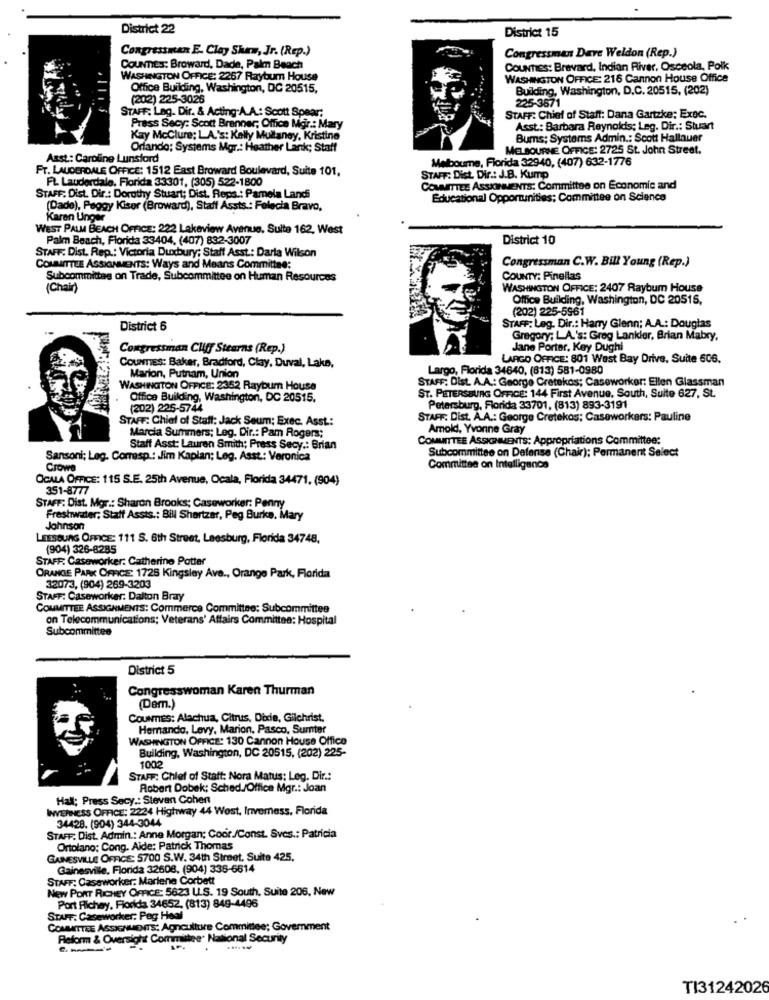
District 22
District 15
Congressman E. Clay Show, Jr. (Rep.)
Congressman Dave Weldon (Rep.)
COUNTIES: Broward, Dade, Palm Beach
COUNTIES: Brevard, Indian River, Osceola, Polk
WASHINGTON OFFICE: 2267 Raybum House
WASHINGTON OFFICE: 216 Cannon House Office
Office Building, Washington, DC 20515,
Building, Washington, D.C. 20515, (202)
(20:2) 225-3026
STAFF: Lag. Dir. & Acting-A.A .: Scott Spear;
225-3671
STAFF: Chief of Staff: Dana Gartzke: Exec.
Press Secy: Scott Branner; Office Mor .: Mary
Asst .: Barbara Reynolds; Leg. Dir .: Stuart
Kay Mcclure; LA.'s: Kelly Mullaney, Kristine
Bums; Systems Admin .: Scott Hallauer
Orlando: Systems Mgr .: Heather Lank; Staff
MELBOURNE OFFICE: 2725 St. John Street,
Asst .: Caroline Lunsford
Melbourne, Florida 32940, (407) 632-1776
FT. LAUDERDALE OFFICE: 1512 East Broward Boulevard, Suite 101,
FL. Lauderdale, Florida 33301, (305) 522-1800
STAFF: Dist. Dir .: J.B. Kump
COMMITTEE ASSIGNMENTS: Committee on Economic and
STAFF: Dist. Dir .: Dorothy Stuart; Dist. Reps .: Pamela Land
Educational Opportunities; Committee on Science
(Dade), Peggy Kiser (Broward), Staff Assts .: Felecia Bravo,
Karan Unger
WEST PALM BEACH OFFICE: 222 Lakeview Avenue, Suite 162, West
Palm Beach, Florida 33404. (407) 832-3007
District 10
STAFF: Dist. Rep .: Victoria Duxbury; Staff Asst .: Darla Wilson
Congressman C.W. Bill Young (Rep.)
COMMITTEE ASSIGNMENTS: Ways and Means Committee:
Subcommittee on Trade, Subcommittee on Human Resources
COUNTY: Pinellas
(Chair)
WASHINGTON OFFICE: 2407 Raybum House
Office Building, Washington, DC 20515,
(202) 225-5961
District 6
STAFF: Leg. Dir .: Harry Glenn; A.A .: Douglas
Gregory; LA.'s: Greg Lankler, Brian Mabry,
Congressman Cliff Stearns (Rep.)
Jane Portar, Key Dughi
COUNTIES: Baker, Bradford, Clay, Duval, Lake,
LARGO OFFICE: 801 West Bay Drive, Suite 606.
Largo, Florida 34640, (813) 581-0980
Marion, Putnam, Union
STAFF: Dist. A.A .: George Cretekos; Caseworker: Ellen Glassman
WASHINGTON OFFICE: 2352 Raybum House
Office Building, Washington, DC 20515.
ST. PETERSBURG OFFICE: 144 First Avenue. South, Suite 627, St
(202) 225-5744
Petersburg, Florida 33701, (813) 893-3191
STAFF: Chief of Staff: Jack Seum; Exec. Asst .:
STAFF: Dist. A.A .: George Cretekos; Caseworkers: Pauline
Marcia Summers; Leg. Dir .: Pam Rogers;
Amold, Yvonne Gray
COMMITTEE ASSIGNMENTS: Appropriations Committee:
Staff Asst: Lauren Smith; Press Secy .: Brian
Subcommittee on Defense (Chair); Permanent Select
Sansoni; Leg. Comasp .: Jim Kaplan; Leg. Asst .: Veronica
Crowe
Committee on Intelligence
OCALA OFFICE: 115 S.E. 25th Avenue, Ocala, Florida 34471, (904)
351-8777
STAFF: Dist. Mgr .: Sharon Brooks; Caseworker: Penny
Freshwater; Staff Assts .: Bill Shortzar, Peg Burke, Mary
Johnson
LEESOUAG OFFICE: 111 S. 6th Street, Leesburg, Florida 34748.
(904) 326-8285
STAFF. Caseworker: Catherine Potter
ORAKCIE PARK OFFICE: 1726 Kingsley Ave ., Orange Park, Florida
32073, (904) 269-3203
STAFF: Caseworker: Dalton Bray
COMMITTEE ASSIGNMENTS: Commerce Committee: Subcommittee
on Telecommunications; Veterans' Affairs Committee: Hospital
Subcommittee
District 5
Congresswoman Karen Thurman
(Dem.)
COUNTIES: Alachua, Citrus, Dixie, Gilchrist.
Hemando, Levy, Marion, Pasco, Sumter
WASHINGTON OFFICE: 130 Cannon House Office
Building, Washington, DC 20515, (202) 225-
1002
STAFF: Chief of Staff: Nora Matus: Leg. Dir .:
Robert Dobek; Sched./Office Mgr .: Joan
Hall; Press Secy .: Stevent Cohen
INVERNESS OFFICE: 2224 Highway 44 West, Inverness, Florida
34428. (904) 344-3044
STAFF: Dist. Admin .: Anne Morgan; Coor/Const. Sves .: Patricia
Ortolano: Cong. Alde: Patrick Thomas
GAINESVILLE OFFICE: 5700 S.W. 34th Street. Suite 425,
Gainesville, Florida 32608, (904) 336-6614
STAFF: Caseworker: Marlene Corbett
New PORT RICHEY OFFICE: 5623 LL.S. 19 South, Suite 206, New
Port Richey, Florida 34652, (813) 849-4496
STAFF: Caseworker: Peg Hoal
COMMITTEE ASSIGNMENTS: Agnculture Committee; Government
Reform & Oversight Committee National Security
.
TI31242026